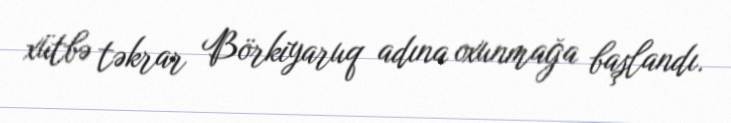
xütbə təkrar Börkiyaruq adına oxunmağa başlandı.